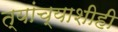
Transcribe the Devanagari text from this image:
त्यांच्याशीही